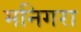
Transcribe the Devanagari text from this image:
मनिगरा